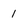
Character: 1